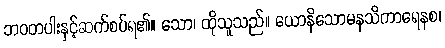
ဘဝတပါးနှင့်ဆက်စပ်ရ၏။ သော၊ ထိုသူသည်။ ယောနိသောမနသိကာရေနစ၊